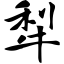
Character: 犁